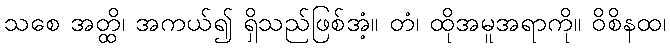
သစေ အတ္ထိ၊ အကယ်၍ ရှိသည်ဖြစ်အံ့။ တံ၊ ထိုအမူအရာကို။ ဝိစိနထ၊